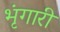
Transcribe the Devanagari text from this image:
भृंगारी